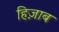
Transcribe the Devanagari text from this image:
हिज़ाब